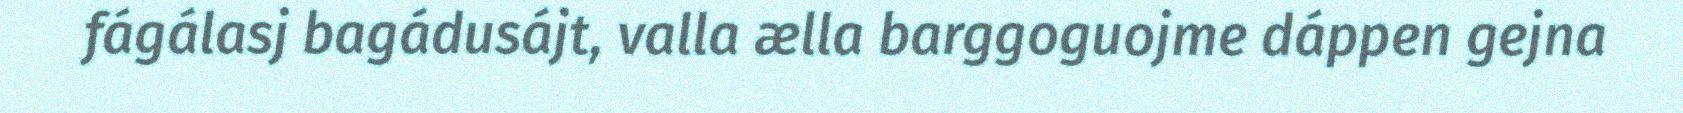
fágálasj bagádusájt, valla ælla barggoguojme dáppen gejna